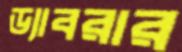
ড্যাবরার